Scottish Leaving Certificate Examination, 1952
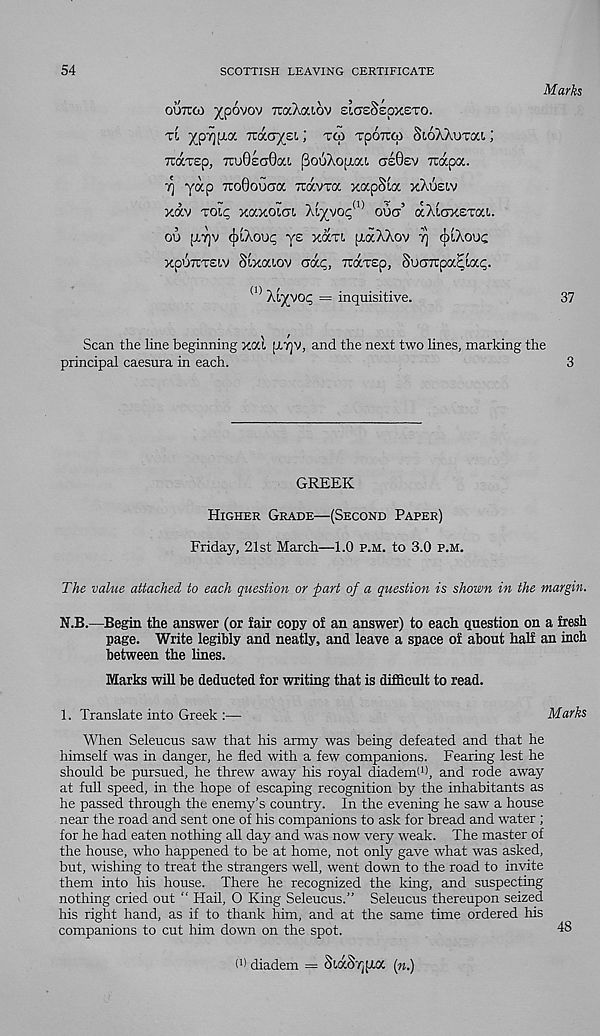
54
SCOTTISH LEAVING CERTIFICATE
Marks
outoo ypo'jov TraXaiov cigeScoxsto.
tc y orypy. nacrysi; tco toottgi SioXXuTai ;
TuaTEp, 7tu0ea0a!, pouXoiTai Ge0ev vrapa.
yap 7TO0ouGa ttocvtoc xapSia xXueiv
xav toll, xaxoiat, Aiyvoc 1 ’ dug’ aXiGXETai.
ou [Arp (jliXoup ye xocti p.aXXov rj oiXouc
xp'JTiTEiv Sixcaov Gap, xaTSp, SuGTUpac'-ac.
(1> Xi^vop = inquisitive.
37
Scan the line beginning xal
and the next two lines, marking the
principal caesura in each.
GREEK
Higher Grade—(Second Paper)
Friday, 21st March—1.0 p.m. to 3.0 p.m.
The value attached to each question or part of a question is shown in the margin.
N.B.—Begin the answer (or fair copy of an answer) to each question on a fresh
page. Write legibly and neatly, and leave a space of about half an inch
between the lines.
Marks will be deducted for writing that is difficult to read.
1. Translate into Greek :—
Marks
When Seleucus saw that his army was being defeated and that he
himself was in danger, he fled with a few companions. Fearing lest he
should be pursued, he threw away his royal diadem! 1 ), and rode away
at full speed, in the hope of escaping recognition by the inhabitants as
he passed through the enemy’s country. In the evening he saw a house
near the road and sent one of his companions to ask for bread and water ;
for he had eaten nothing all day and was now very weak. The master of
the house, who happened to be at home, not only gave what was asked,
but, wishing to treat the strangers well, went down to the road to invite
them into his house. There he recognized the king, and suspecting
nothing cried out “ Hail, O King Seleucus.” Seleucus thereupon seized
his right hand, as if to thank him, and at the same time ordered his
companions to cut him down on the spot.
I 1 ) diadem = SiaSr^pia («.)
48